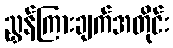
ညွှန်ကြားချက်အတိုင်း